Code of medical and sanitary regulations for the guidance of medical officers serving in the Madras Presidency - Volume II
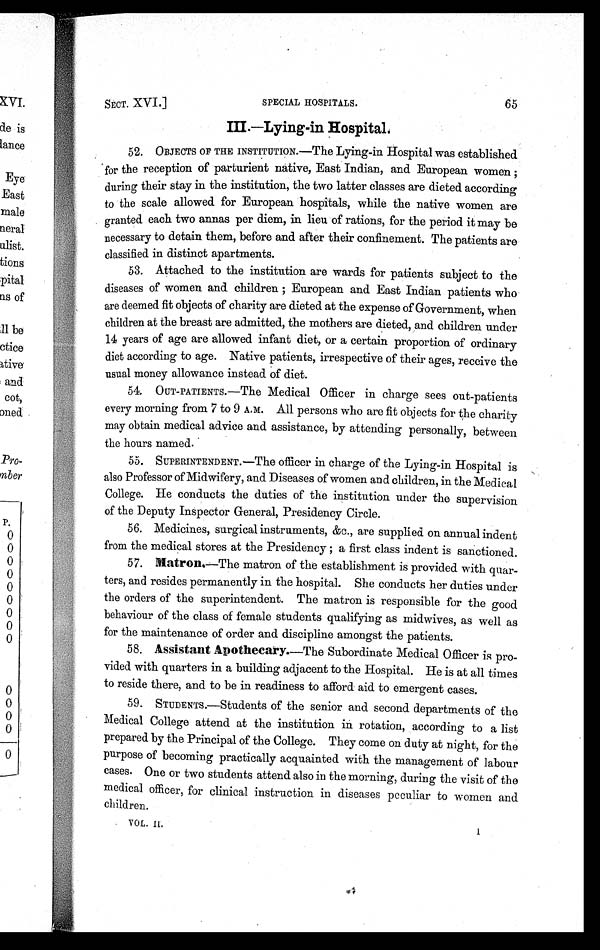
SECT. XVI.]
SPECIAL HOSPITALS.
65
I I I . — L y i n g - i n H o s p i t a l .
5 2 . O B J E C T S O F T H E I N S T I T U T I O N . — T h e L y i n g - i n H o s p i t a l w a s e s t a b l i s h e d
for the reception of parturient native, East Indian, and European women ;
during their stay in the institution, the two latter classes are dieted according
to the scale allowed for European hospitals, while the native women are
granted each two annas per diem, in lieu of rations, for the period it may be
necessary to detain them, before and after their confinement. The patients are
classified in distinct apartments.
5 3 . A t t a c h e d t o t h e i n s t i t u t i o n a r e w a r d s f o r p a t i e n t s s u b j e c t t o t h e
diseases of women and children; European and East Indian patients who
are deemed fit objects of charity are dieted at the expense of Government, when
children at the breast are admitted, the mothers are dieted, and children under
14 years of age are allowed infant diet, or a certain proportion of ordinary
diet according to age. Native patients, irrespective of their ages, receive the
usual money allowance instead of diet.
5 4 . O U T - P A T I E N T S . — T h e M e d i c a l O f f i c e r i n c h a r g e s e e s o u t - p a t i e n t s
every morning from 7 to 9 A.M. All persons who are fit objects for the charity
may obtain medical advice and assistance, by attending personally, between
the hours named.
5 5 . S U P E R I N T E N D E N T . — T h e o f f i c e r i n c h a r g e o f t h e L y i n g - i n H o s p i t a l i s
also Professor of Midwifery, and Diseases of women and children, in the Medical
College. He conducts the duties of the institution under the supervision
of the Deputy Inspector General, Presidency Circle.
5 6 . M e d i c i n e s , s u r g i c a l i n s t r u m e n t s , & c . , a r e s u p p l i e d o n a n n u a l i n d e n t
from the medical stores at the Presidency; a first class indent is sanctioned.
5 7 .
M a t r o n s
—The mat r on of t he es t abl i s hment i s pr ov i ded wi t h quar
- t e r s , a n d r e s i d e s p e r m a n e n t l y i n t h e h o s p i t a l . S h e c o n d u c t s h e r d u t i e s u n d e r
the orders of the superintendent. The matron is responsible for the good
behaviour of the class of female students qualifying as midwives, as well as
for the maintenance of order and discipline amongst the patients.
5 8 .
A s s i s t a n t A p o t h e c a r y
. — T h e S u b o r d i n a t e M e d i c a l O f f i c e r i s p r o
- v i d e d w i t h q u a r t e r s i n a b u i l d i n g a d j a c e n t t o t h e H o s p i t a l . H e i s a t a l l t i m e s
to reside there, and to be in readiness to afford aid to emergent cases.
5 9 . S T U D E N T S . — S t u d e n t s o f t h e s e n i o r a n d s e c o n d d e p a r t m e n t s o f t h e
Medical College attend at the institution in rotation, according to a list
prepared by the Principal of the College. They come on duty at night, for the
purpose of becoming practically acquainted with the management of labour
cases. One or two students attend also in the morning, during the visit of the
medical officer, for clinical instruction in diseases peculiar to women and.
children.
VOL. II.